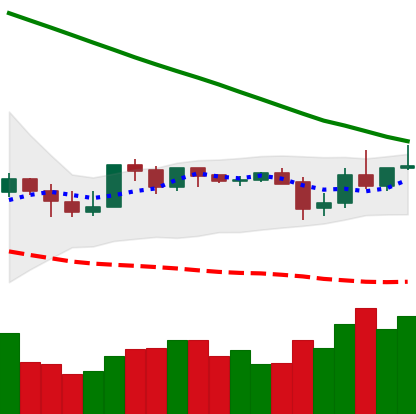
Ticker: XLM-USD
Chart end date: 2019-10-28
Forward return: 10.013%
Label: up_7plus